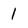
Character: 1